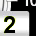
Digit: 2